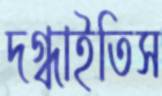
দগ্ধাইতিস